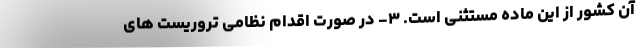
آن کشور از این ماده مستثنی است. ۳- در صورت اقدام نظامی تروریست های